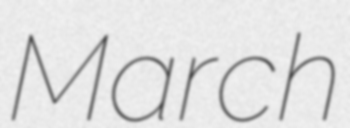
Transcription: March